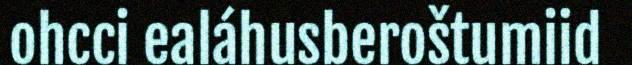
ohcci ealáhusberoštumiid